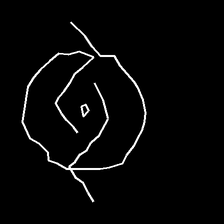
Glyph: repetition